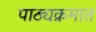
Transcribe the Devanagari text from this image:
पाठ्यक्रमात